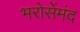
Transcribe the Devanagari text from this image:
भरोसेंमंद